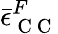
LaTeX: \bar{\epsilon}_{\mathrm{~C~C~}}^{F}